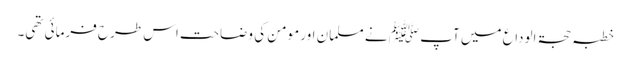
خطبہ حجۃ الوداع میں آپ ﷺ نے مسلمان اور مومن کی وضاحت اس طرح فرمائی تھی۔